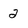
Character: 2